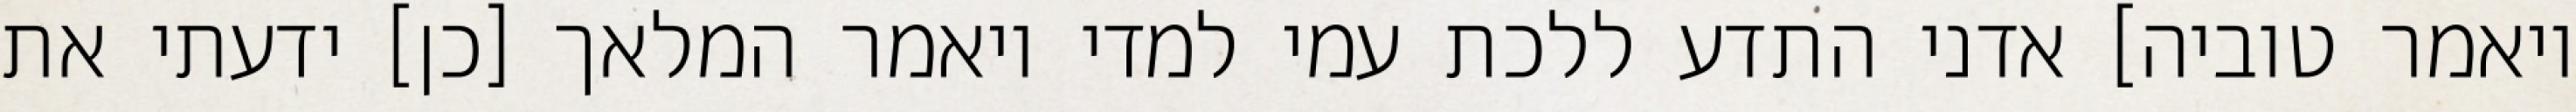
ויאמר טוביה] אדני התדע ללכת עמי למדי ויאמר המלאך [כן] ידעתי את